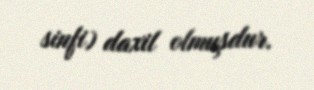
sinfi) daxil olmuşdur.